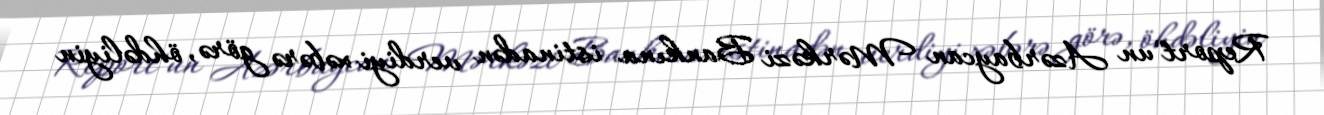
Report"un Azərbaycan Mərkəzi Bankına istinadən verdiyi xəbərə görə, öhdəliyin